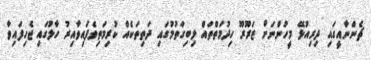
ޗެންނާއީގައި ދިރިއުޅޭ މީހުންނަށް ޒަރޫރޫ ހިދުމަތްތައް ލިބިިގަތުމުގައި ދަތިތަކެއް ކުރިމަތިވެފައިވާއިރު ހާލުގައި ޖެހިފައިވާ